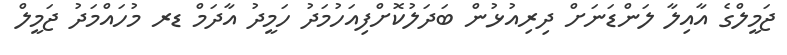
ޖަމީލްގެ އާއިލާ ލަންޑަނަށް ދިރިއުޅުން ބަދަލުކޮށްފިއަހުމަދު ހަމީދު އާދަމް ޑރ މުހައްމަދު ޖަމީލް